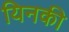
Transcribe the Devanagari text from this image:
यिनकी